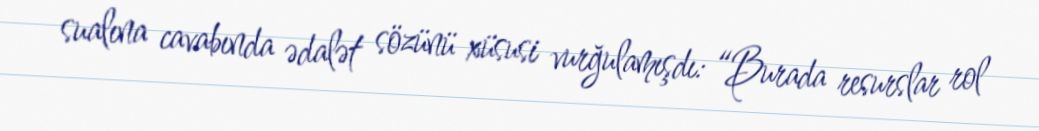
sualına cavabında ədalət sözünü xüsusi vurğulamışdı: “Burada resurslar rol